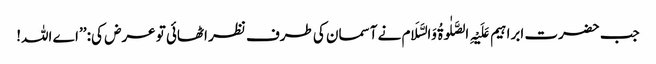
جب حضرت ابراہیم عَلَیْہِ الصَّلٰوۃُ وَالسَّلَام نے آسمان کی طرف نظر اٹھائی تو عرض کی: ’’اے اللہ!